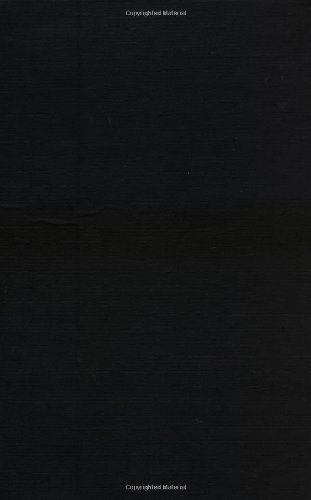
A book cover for The Chemistry of Silica: Solubility, Polymerization, Colloid and Surface Properties and Biochemistry of Silica; Ralph K. Iler; Science & Math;